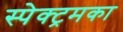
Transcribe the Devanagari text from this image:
स्पेक्ट्रमका